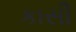
કાસી